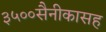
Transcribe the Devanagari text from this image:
३५००सैनीकासह